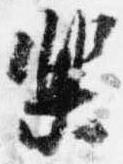
楽